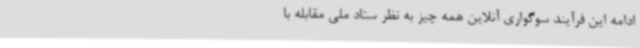
ادامه این فرآیند سوگواری آنلاین همه چیز به نظر ستاد ملی مقابله با